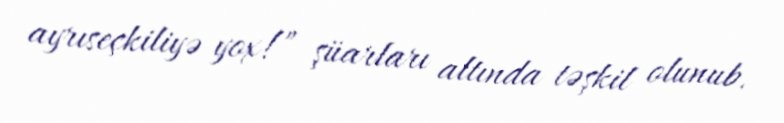
ayrıseçkiliyə yox!” şüarları altında təşkil olunub.